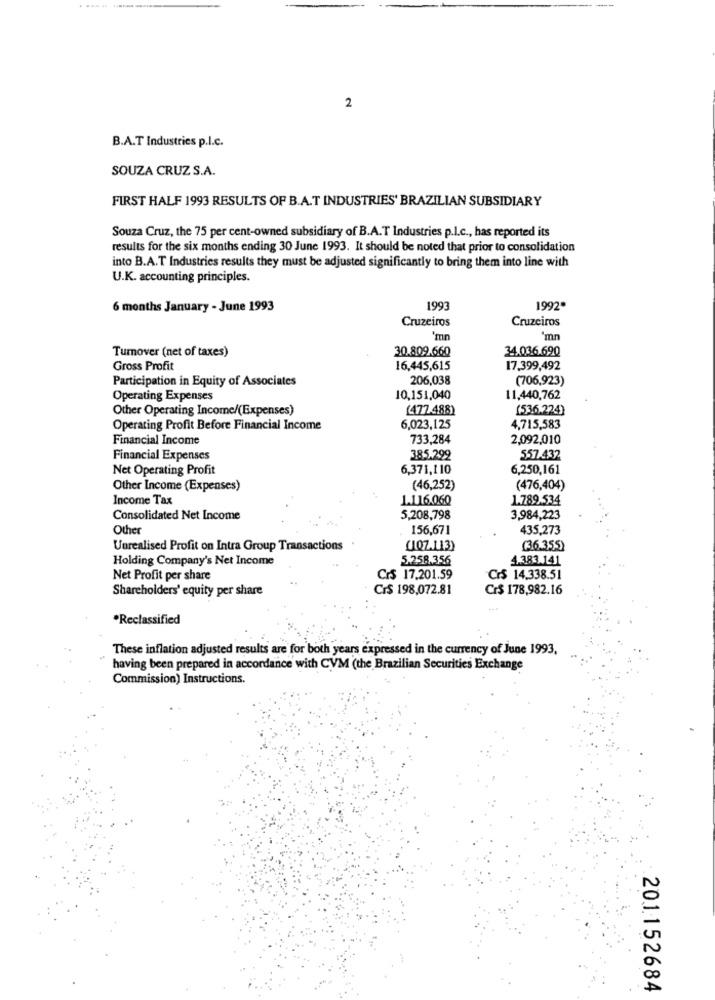
2
B.A.T Industries p.I.c.
SOUZA CRUZ S.A.
FIRST HALF 1993 RESULTS OF B.A.T INDUSTRIES' BRAZILIAN SUBSIDIARY
Souza Cruz, the 75 per cent-owned subsidiary of B.A.T Industries p.l.c ., has reported its
results for the six months ending 30 June 1993. It should be noted that prior to consolidation
into B.A.T Industries results they must be adjusted significantly to bring them into line with
U.K. accounting principles.
6 months January - June 1993
1993
1992*
Cruzeiros
Cruzeiros
'mn
mn
Tumover (net of taxes)
30.809.660
34.036.690
Gross Profit
16,445,615
17.399,492
Participation in Equity of Associates
206,038
(706,923)
Operating Expenses
10,151,040
11,440,762
Other Operating Income/(Expenses)
(477.488)
(536.224)
Operating Profit Before Financial Income
6,023,125
4,715,583
Financial Income
733,284
2,092,010
Financial Expenses
385.299
557.432
Net Operating Profit
6,371,110
6,250,161
Other Income (Expenses)
(46,252)
(476,404)
Income Tax
1.116.060
1.789.534
Consolidated Net Income
5,208,798
3,984,223
Other
156,671
435,273
Unrealised Profit on Intra Group Transactions
(107.113)
(36.355)
Holding Company's Net Income
5.258.356
4.383.141
Net Profit per share
Cr$ 17.201.59
Cr$ 14.338.51
Shareholders' equity per share
Cr$ 198,072.81
Cr$ 178,982.16
*Reclassified
These inflation adjusted results are for both years expressed in the currency of June 1993.
having been prepared in accordance with CVM (the Brazilian Securities Exchange
Commission) Instructions.
201152684